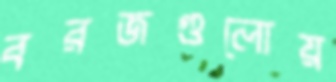
বরজগুলোয়